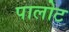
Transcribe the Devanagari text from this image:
पालोट